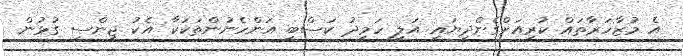
އެ މުޒާހަރާތައް ކުރިއަށްގެންދިޔައީ އަލީ ހަމީދު ކަސްބީ އަންހެނުންތަކަކާ އެކު ޖިންސީ ގުޅުން